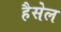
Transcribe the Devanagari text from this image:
हैसेल